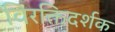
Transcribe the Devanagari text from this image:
विरक्तिदर्शक